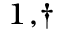
^ { 1 , \dag }